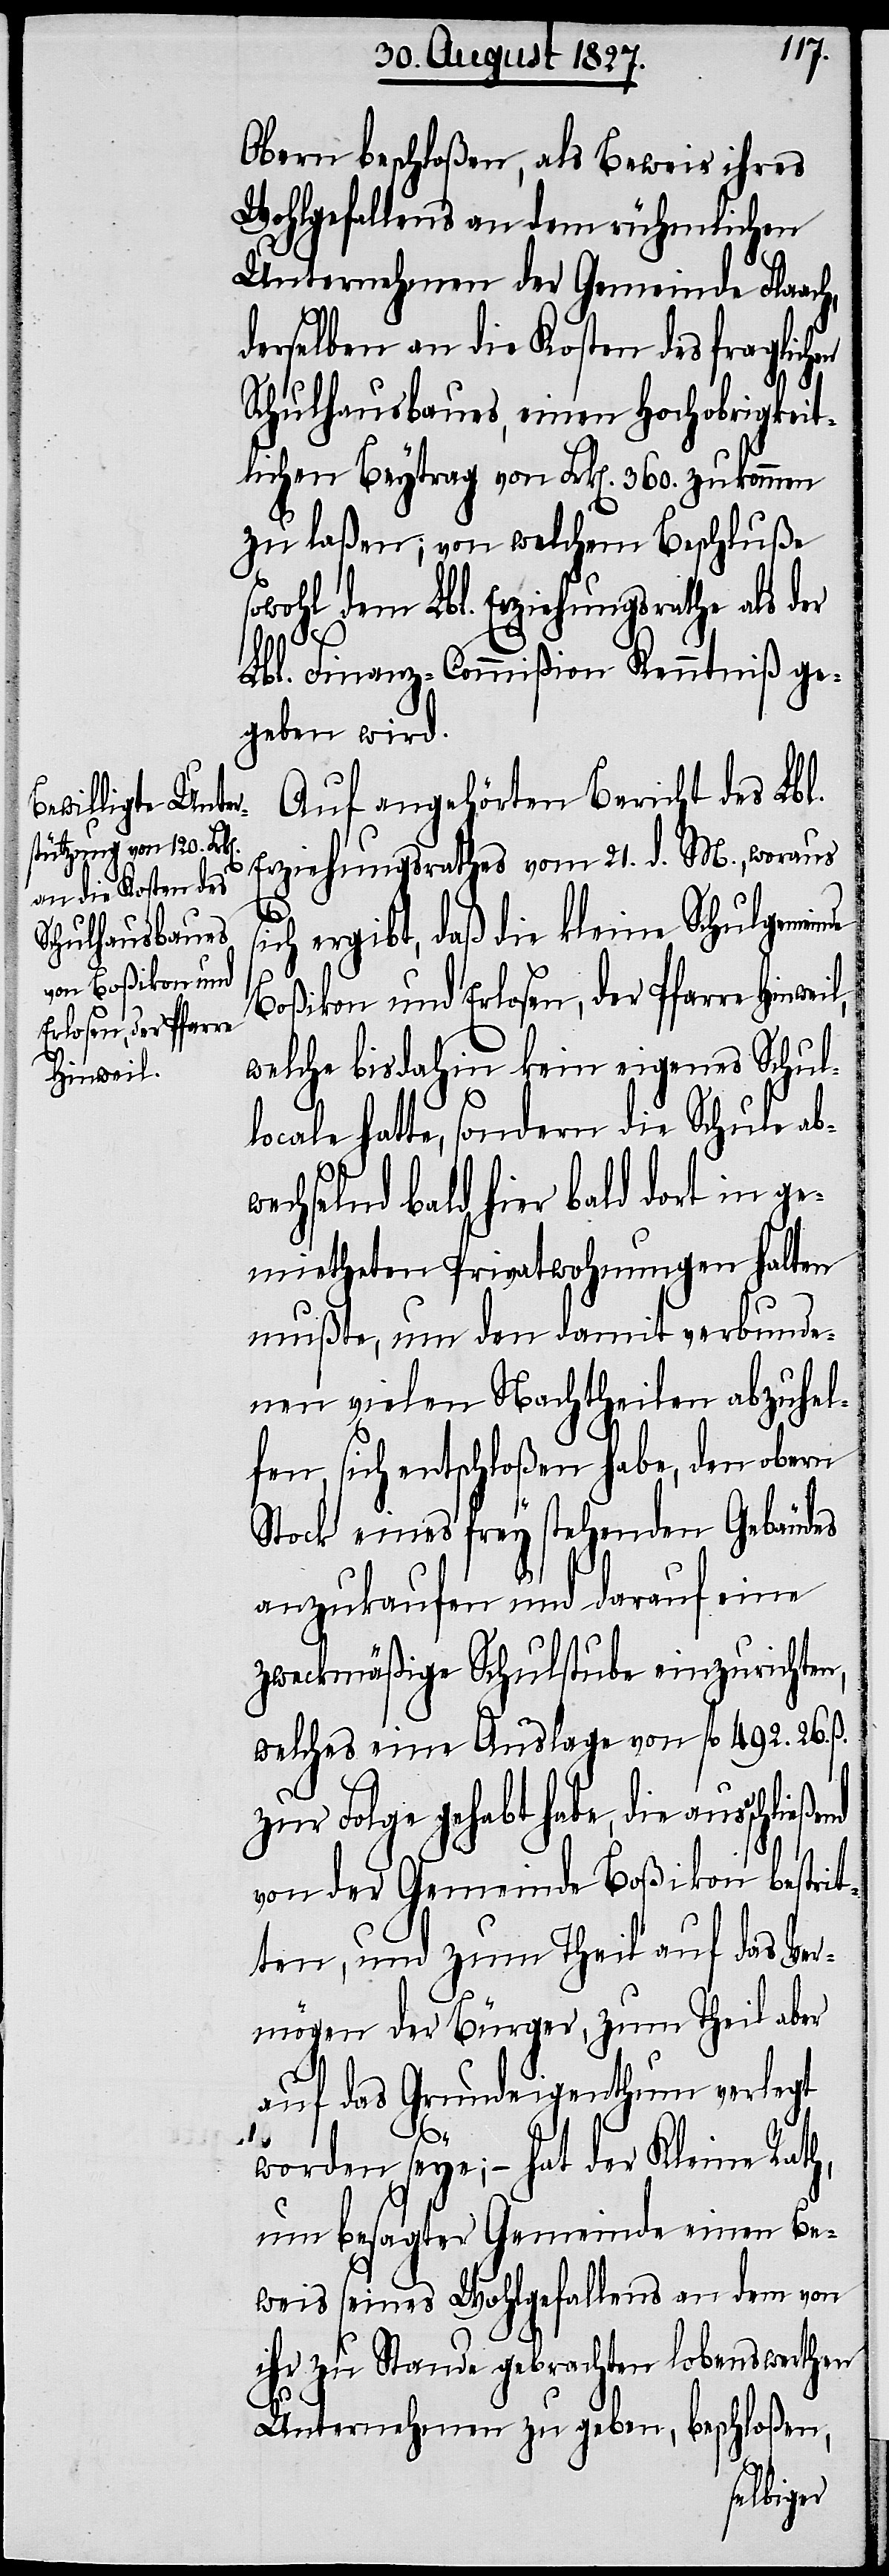
ßend

Obern beschloßen, als Beweis ihres
Wohlgefallens an dem rühmlichen
Unternehmen der Gemeinde Flaach,
derselben an die Kosten des fraglichen
Schulhausbaues, einen Hochobrigkeit¬
lichen Beytrag von Frk[en]. 360. zukommen
zu laßen; von welchem Beschluße
wohl dem Lbl. Erziehungsrathe als der
Lbl. Finanz-Commißion Kenntniß ge¬
geben wird.
Auf angehörten Bericht des Lbl.
Erziehungsrathes vom 21. d. M., woraus
ich ergibt, daß die kleine Schulgemeinde
Boßikon und Erlosen, der Pfarre Hinweil,
welche bis dahin kein eigenes Schul¬
locale hatte, sondern die Schule ab¬
wechselnd bald hier bald dort in ge¬
mietheten Privatwohnungen halten
mußte, um den damit verbunde¬
nen vielen Nachtheilen abzuhel¬
fen, sich entschloßen habe, den obern
Stock eines frey stehenden Gebäudes
anzukaufen und darauf eine
zweckmäßige Schulstube einzurichten,
welches eine Auslage von fl. 492. 26. ß.
zur Folge gehabt habe, die ausschlie¬
von der Gemeinde Boßikon bestrit¬
ten, und zum Theil auf das Ver¬
mögen der Bürger, zum Theil aber
auf das Grundeigenthum verlegt
worden seye; – hat der Kleine Rath,
um besagter Gemeinde einen Be¬
weis seines Wohlgefallens an den von
ihr zu Stande gebrachten lobenswerthen
Unternehmen zu geben, beschloßen,